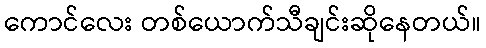
ကောင်လေး တစ်ယောက်သီချင်းဆိုနေတယ်။